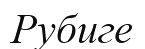
Рубиге